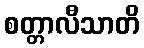
စတ္တာလီသာတိ